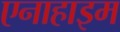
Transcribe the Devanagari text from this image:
एनाहाइम